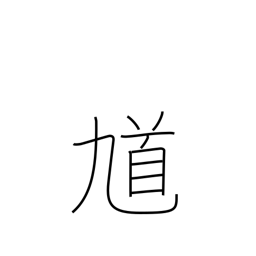
Meaning: road